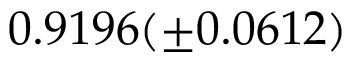
0 . 9 1 9 6 ( \pm 0 . 0 6 1 2 )